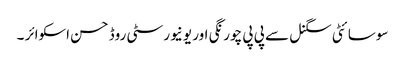
سوسا ئٹی سگنل سے پی پی چورنگی اور یونیورسٹی روڈ حسن اسکوائر ۔